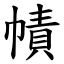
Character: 幘